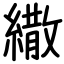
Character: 繖